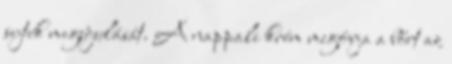
sejtek megújulását. A nappali krém megóvja a bőrt az